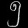
Digit: ၅